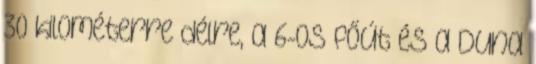
30 kilométerre délre, a 6-os főút és a Duna